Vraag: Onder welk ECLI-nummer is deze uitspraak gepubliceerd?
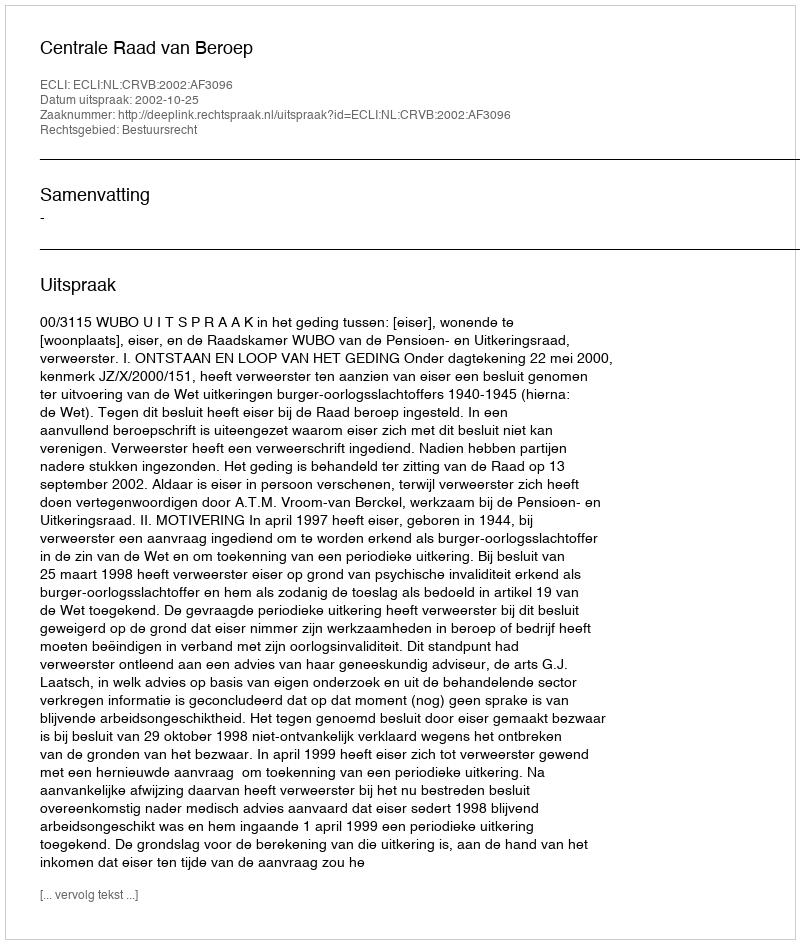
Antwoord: ECLI:NL:CRVB:2002:AF3096